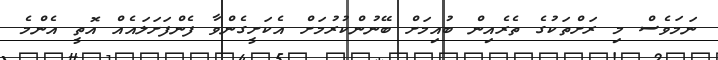
ނަމަވެސް މި ރަށްތަކުގެ ތެރެއިން ބުއިމަށް ބޭނުންކުރުމަށް އެކަށީގެންވާ ފެންފަށަލައެއް އޮތީ އެންމެ